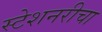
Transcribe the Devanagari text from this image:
स्टेशनरीचा